Document type: Grant of rights
Year: 1326
Scribe: Bernat de Vilarúbia
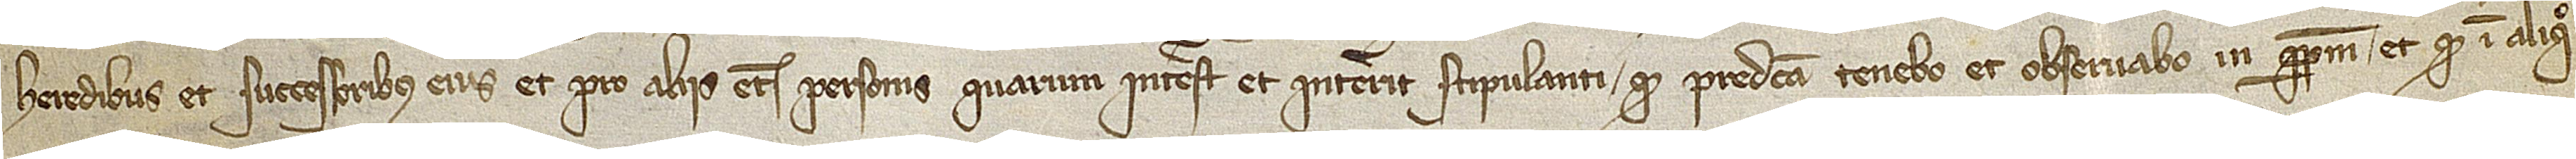
heredibus et successoribus eius et pro aliis etiam personis quarum interest et intererit stipulanti quod predicta tenebo et observabo in perpetuum et quod in aliquo